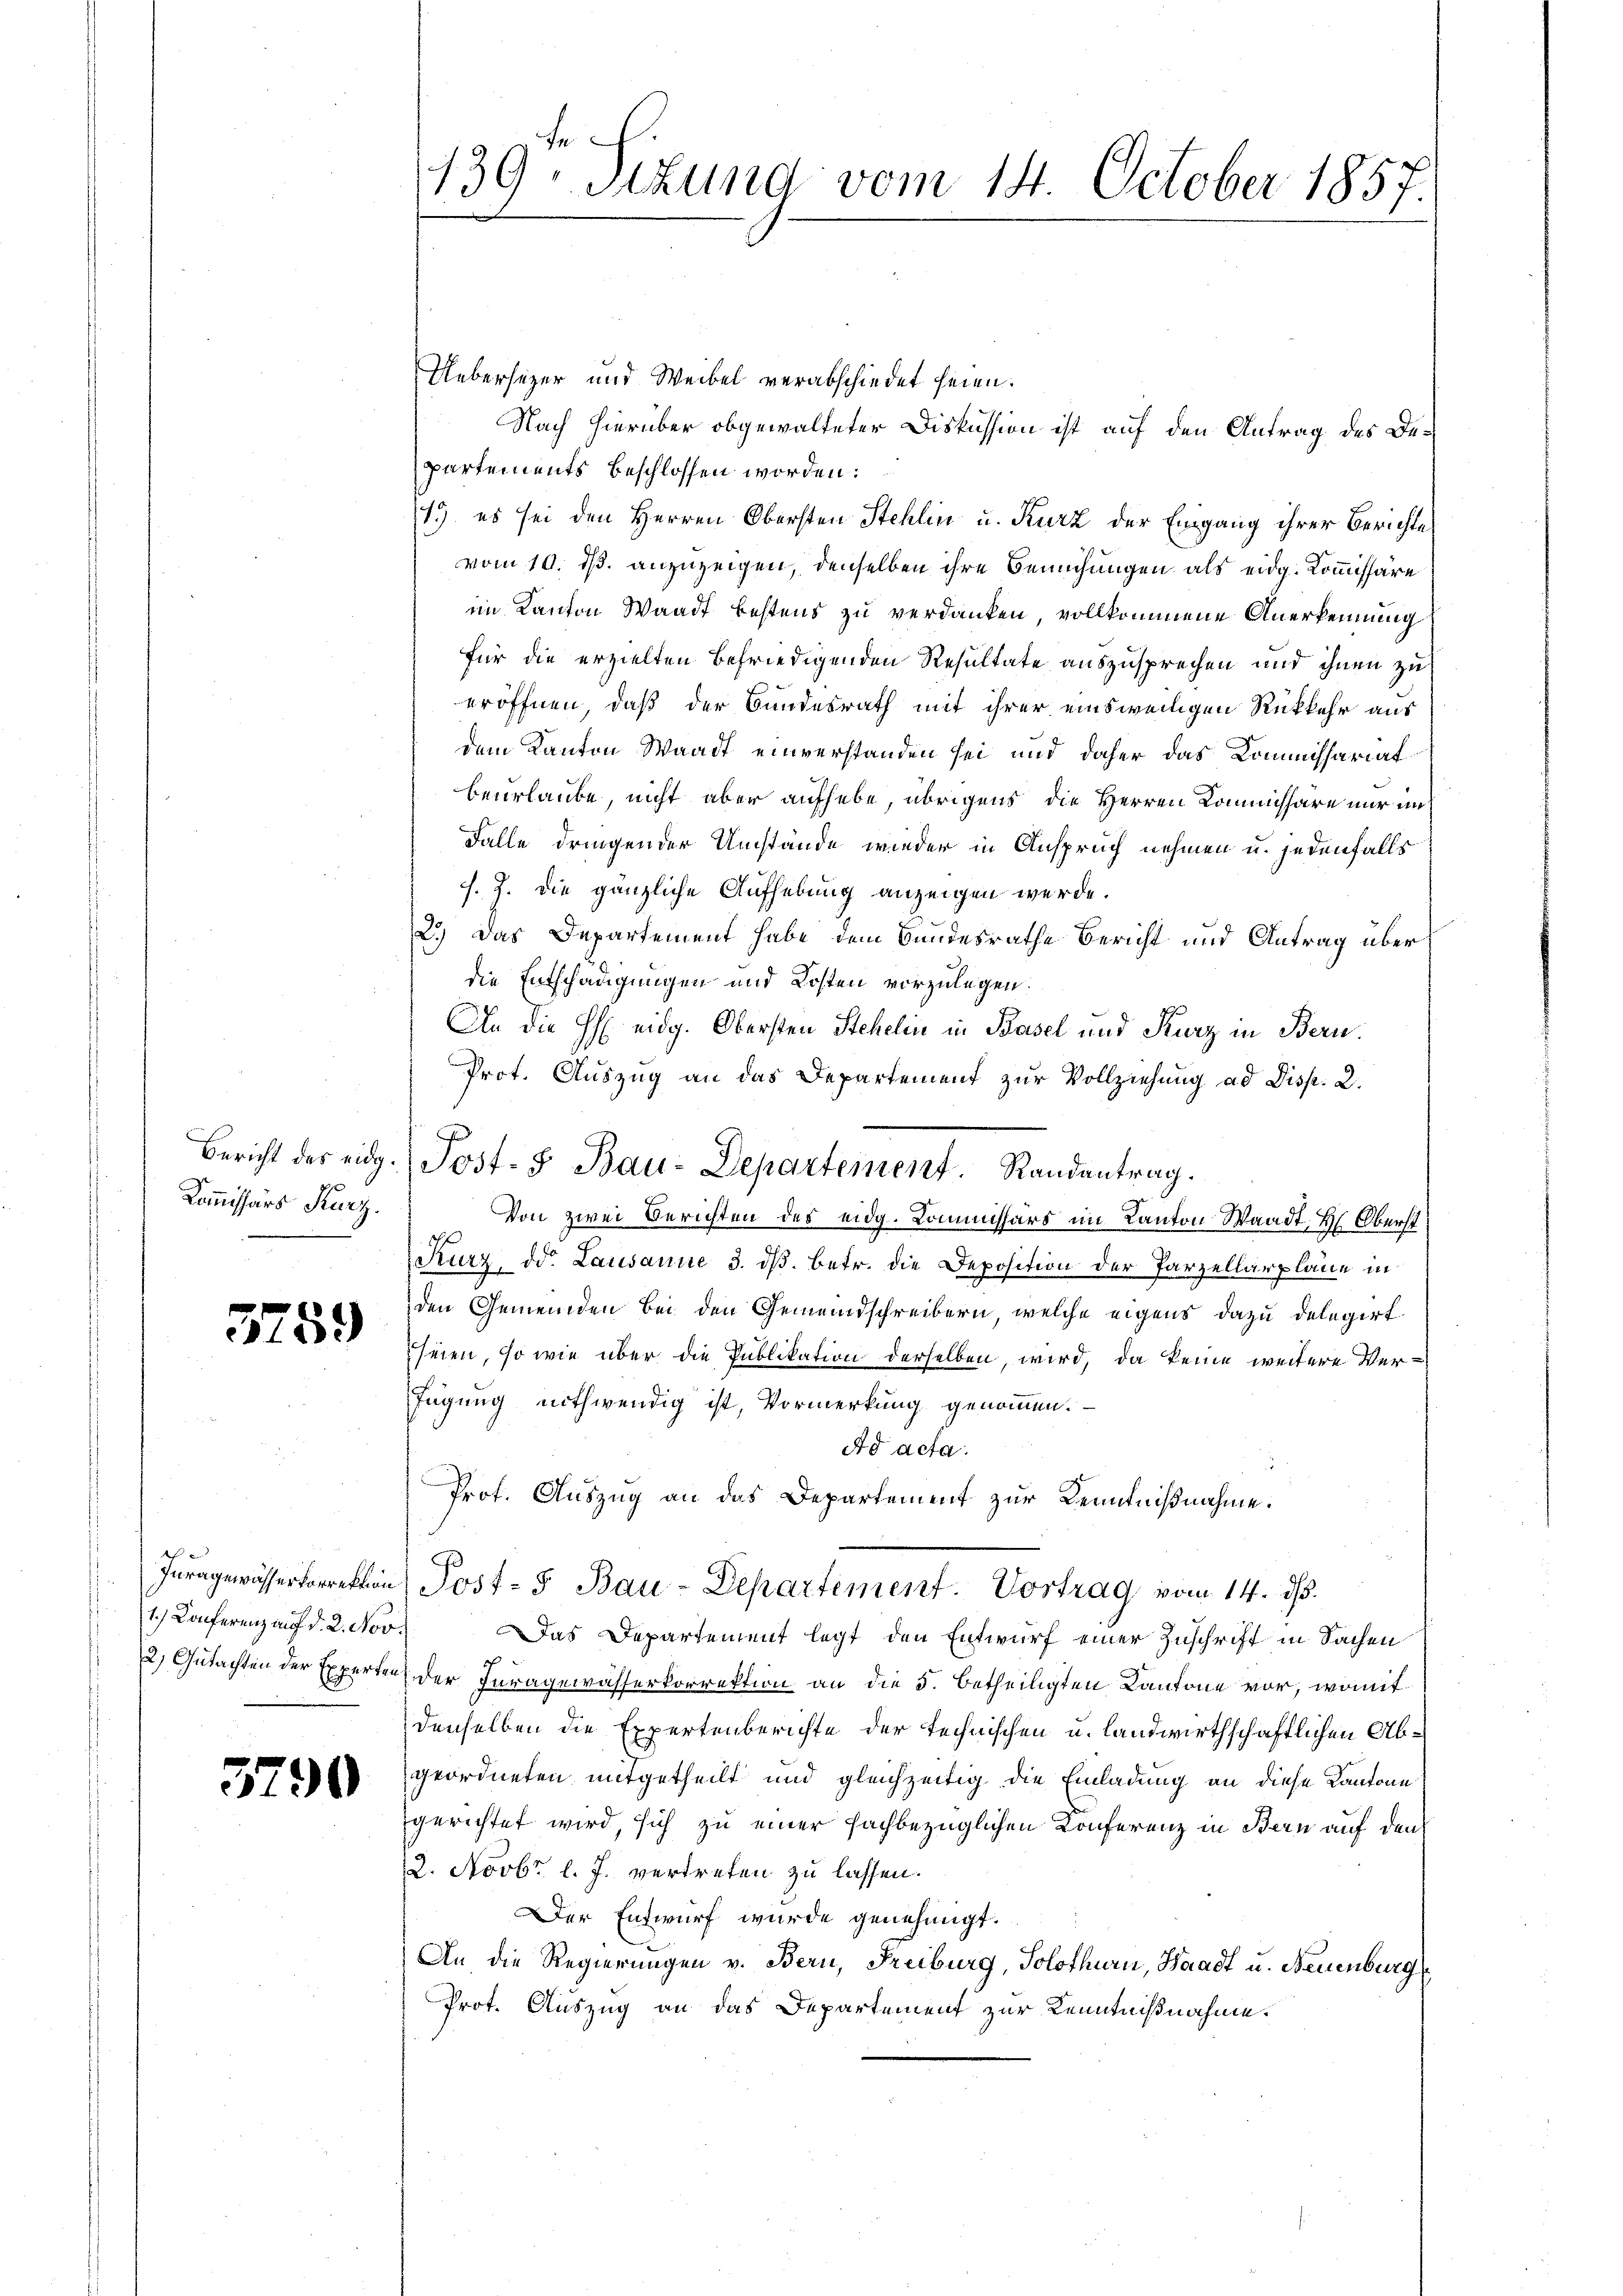
Bericht des eidg
Kommissärs Kurz.

3759

3790

Iuragewässerkorrektion
1.) Conferenz auf d. 2. Nov.
2) Gutachten der Experten

139- Sizung vom 14. October 1857.

Uebersezer und Weibel verabschiedet seien.
Nach hierüber obgewalteter Diskussion ist auf den Antrag des Departements beschlossen worden:
1.) es sei den Herren Obersten Stehlin u. Kurz der Eingang ihrer Berichte
vom 10. ds. anzuzeigen, denselben ihre Bemühungen als eidg. Kommissäre
im Kanton Waadt bestens zu verdanken, vollkommene Anerkennung
für die erzielten befriedigenden Resultate auszusprechen und ihnen zu
eröffnen, daß der Bundesrath mit ihrer einsweiligen Rückkehr aus
dem Kanton Waadt einverstanden sei und daher das Kommissariat
beurlaube nicht aber aufhebe, übrigens die Herren Kommissäre nur in
Falle dringender Umstände wieder in Anspruch nehmen u. jedenfalls
f. J. die gänzliche Aufhebung anzeigen werde.
2.) Das Departement habe dem Bundesrathe Bericht und Antrag überdie Entschädigungen und Kosten vorzulegen.
An die H. eidg. Obersten Stehelin in Basel und Kurz in Bern
Prot. Auszug an das Departement zur Vollziehung ad Disp. 2.
Von zwei Berichten des eidg. Kommissärs im Kanton Waadt. H. Oberst
Kurz, od. Lausanne 3. ds. betr. die Deposition der Parzellarplane in
den Gemeinden bei den Gemeindschreibern, welche eigens dazu delegirt
seien, so wie über die Publikation derselben wird, da keine weitere Verfügung nothwendig ist, Vormerkung genommen.
Ad acta.
Prot. Auszug an das Departement zur Kenntnißnahme.
Post- u Bau-Departement. Vortrag vom 14. d.
Das Departement legt den Entwurf einer Zuschrift in Sachen
der Juragewässerkorrektion an die 5. betheiligten Kantone vor, womit
denselben die Expertenberichte der technischen u. landwirthschaftlichen Abgeordneten mitgetheilt und gleichzeitig die Einladung an diese Kantone
gerichtet wird, sich zu einer fachbezüglichen Konferenz in Bern auf den
2. Novbr. l. J. vertreten zu lassen.
Der Entwurf wurde genehmigt.
An die Regierungen v. Bern, Freiburg, Solothurn, Waadt u. Neuenburg
Prot. Auszug an das Departement zur Kenntnißnahme.

Post- & Bau-Departement. Randantrag.